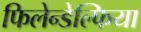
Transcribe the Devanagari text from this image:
फिलेन्डेल्फिया